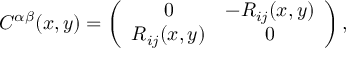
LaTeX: C ^ { \alpha \beta } ( x , y ) = \left( \begin{array} { c c } { { 0 } } & { { - R _ { i j } ( x , y ) } } \\ { { R _ { i j } ( x , y ) } } & { { 0 } } \end{array} \right) ,